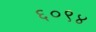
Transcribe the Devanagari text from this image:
६०९४